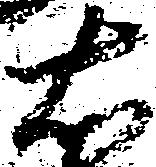
右